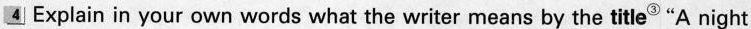
4.Explain in our own words what the writer means by the title^{③}"A night